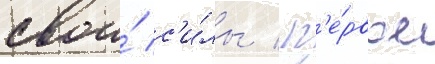
свои́ с'и́лы / п'е́рвое